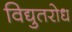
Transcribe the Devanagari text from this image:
विद्युतरोध